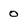
Character: 0